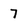
Character: 7